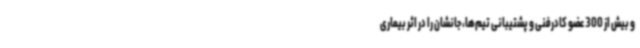
و بیش از 300 عضو کادرفنی و پشتیبانی تیم‌ها، جانشان را در اثر بیماری